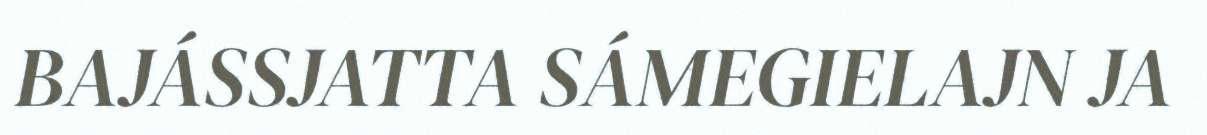
BAJÁSSJATTA SÁMEGIELAJN JA